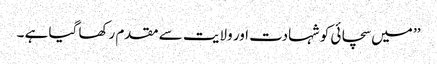
’’ میں سچائی کو شہادت اور ولایت سے مقدم رکھا گیا ہے ۔